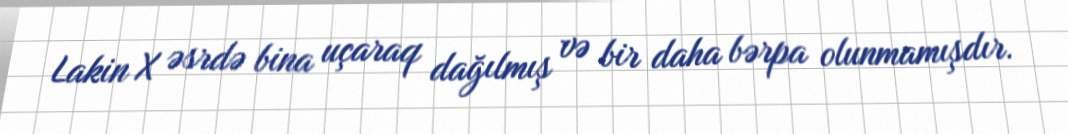
Lakin X əsrdə bina uçaraq dağılmış və bir daha bərpa olunmamışdır.